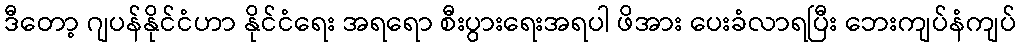
ဒီတော့ ဂျပန်နိုင်ငံဟာ နိုင်ငံရေး အရရော စီးပွားရေးအရပါ ဖိအား ပေးခံလာရပြီး ဘေးကျပ်နံကျပ်